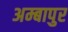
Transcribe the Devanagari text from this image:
अम्बापुर